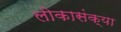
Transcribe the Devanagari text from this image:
लोकासंक्या